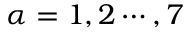
\alpha = 1 , 2 \cdots , 7